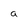
Character: 9